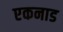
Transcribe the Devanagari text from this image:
एकनाड